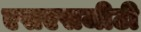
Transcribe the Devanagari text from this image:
एसएसजीटी